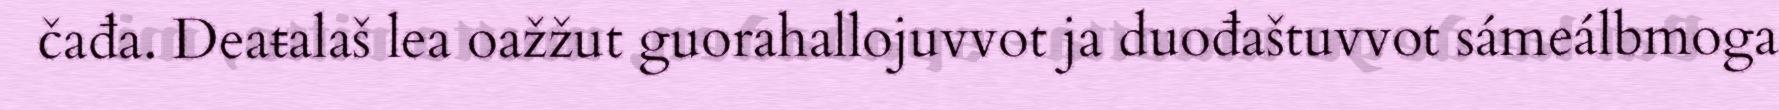
čađa. Deaŧalaš lea oažžut guorahallojuvvot ja duođaštuvvot sámeálbmoga